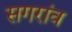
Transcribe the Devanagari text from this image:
सगरांव